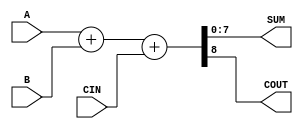
module Parameterized_Adder #(
    parameter WIDTH = 8   // Default width is 8 bits, can be overridden during instantiation
)(
    input  wire [WIDTH-1:0] A,      // First operand
    input  wire [WIDTH-1:0] B,      // Second operand
    input  wire        CIN,          // Carry in (optional)
    output wire [WIDTH-1:0] SUM,     // Sum output
    output wire        COUT           // Carry out (optional)
);

    // Internal wire for sum including carry-in
    wire [WIDTH:0] full_sum;         // Width + 1 to accommodate carry-out

    // Perform addition
    assign full_sum = {1'b0, A} + {1'b0, B} + CIN; // Add inputs along with carry-in
    assign SUM = full_sum[WIDTH-1:0];              // Assign sum to output
    assign COUT = full_sum[WIDTH];                  // Assign carry-out

endmodule